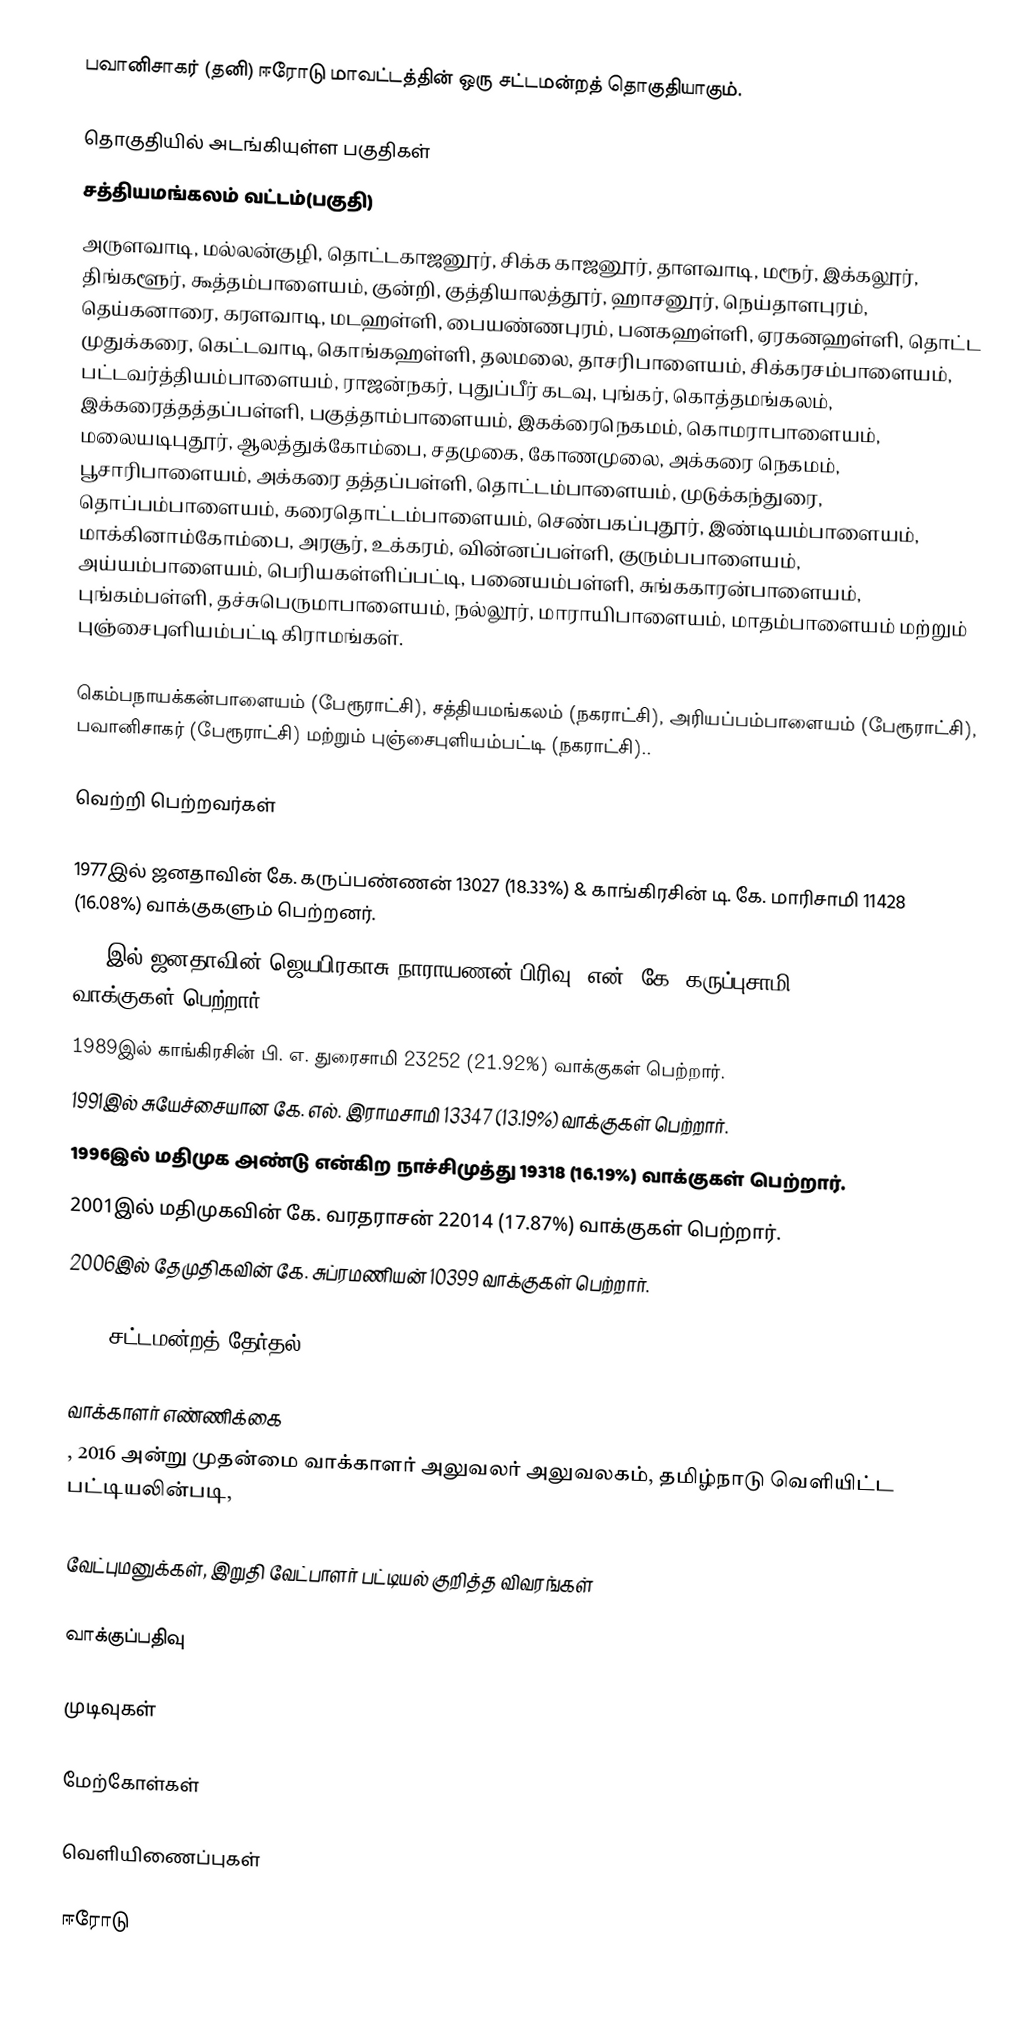
பவானிசாகர் (தனி) ஈரோடு மாவட்டத்தின் ஒரு சட்டமன்றத் தொகுதியாகும்.

தொகுதியில் அடங்கியுள்ள பகுதிகள்
சத்தியமங்கலம் வட்டம்(பகுதி)
அருளவாடி, மல்லன்குழி, தொட்டகாஜனூர், சிக்க காஜனூர், தாளவாடி, மரூர், இக்கலூர், திங்களூர், கூத்தம்பாளையம், குன்றி, குத்தியாலத்தூர், ஹாசனூர், நெய்தாளபுரம், தெய்கனாரை, கரளவாடி, மடஹள்ளி, பையண்ணபுரம், பனகஹள்ளி, ஏரகனஹள்ளி, தொட்ட முதுக்கரை, கெட்டவாடி, கொங்கஹள்ளி, தலமலை, தாசரிபாளையம், சிக்கரசம்பாளையம், பட்டவர்த்தியம்பாளையம், ராஜன்நகர், புதுப்பீர் கடவு, புங்கர், கொத்தமங்கலம், இக்கரைத்தத்தப்பள்ளி, பகுத்தாம்பாளையம், இகக்ரைநெகமம், கொமராபாளையம், மலையடிபுதூர், ஆலத்துக்கோம்பை, சதமுகை, கோணமுலை, அக்கரை நெகமம், பூசாரிபாளையம், அக்கரை தத்தப்பள்ளி, தொட்டம்பாளையம், முடுக்கந்துரை, தொப்பம்பாளையம், கரைதொட்டம்பாளையம், செண்பகப்புதூர், இண்டியம்பாளையம், மாக்கினாம்கோம்பை, அரசூர், உக்கரம், வின்னப்பள்ளி, குரும்பபாளையம், அய்யம்பாளையம், பெரியகள்ளிப்பட்டி, பனையம்பள்ளி, சுங்ககாரன்பாளையம், புங்கம்பள்ளி, தச்சுபெருமாபாளையம், நல்லூர், மாராயிபாளையம், மாதம்பாளையம் மற்றும் புஞ்சைபுளியம்பட்டி கிராமங்கள்.

கெம்பநாயக்கன்பாளையம் (பேரூராட்சி), சத்தியமங்கலம் (நகராட்சி), அரியப்பம்பாளையம் (பேரூராட்சி), பவானிசாகர் (பேரூராட்சி) மற்றும் புஞ்சைபுளியம்பட்டி (நகராட்சி)..

வெற்றி பெற்றவர்கள்

1977இல் ஜனதாவின் கே. கருப்பண்ணன் 13027 (18.33%) & காங்கிரசின்  டி. கே. மாரிசாமி 11428 (16.08%)  வாக்குகளும் பெற்றனர்.
1980இல் ஜனதாவின்(ஜெயபிரகாசு நாராயணன் பிரிவு) என். கே. கருப்புசாமி 12778 (16.00%) வாக்குகள் பெற்றார்.
1989இல் காங்கிரசின் பி. எ. துரைசாமி 23252 (21.92%) வாக்குகள் பெற்றார்.
1991இல் சுயேச்சையான கே. எல். இராமசாமி 13347 (13.19%) வாக்குகள் பெற்றார்.
1996இல் மதிமுக அண்டு என்கிற நாச்சிமுத்து 19318 (16.19%) வாக்குகள் பெற்றார்.
2001இல் மதிமுகவின் கே. வரதராசன் 22014 (17.87%) வாக்குகள் பெற்றார்.
2006இல் தேமுதிகவின் கே. சுப்ரமணியன் 10399 வாக்குகள் பெற்றார்.

2016 சட்டமன்றத் தேர்தல்

வாக்காளர் எண்ணிக்கை
, 2016 அன்று முதன்மை வாக்காளர் அலுவலர் அலுவலகம், தமிழ்நாடு வெளியிட்ட பட்டியலின்படி,

வேட்புமனுக்கள், இறுதி வேட்பாளர் பட்டியல் குறித்த விவரங்கள்

வாக்குப்பதிவு

முடிவுகள்

மேற்கோள்கள்

வெளியிணைப்புகள்

ஈரோடு